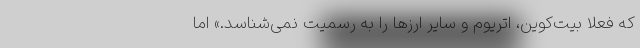
که فعلاً بیت‌کوین، اتریوم و سایر ارزها را به رسمیت نمی‌شناسد.» اما